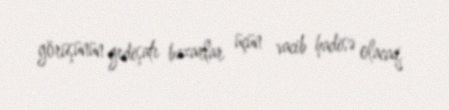
görüşünün gedişatı bazarlar üçün vacib hadisə olacaq.